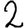
Digit: 2